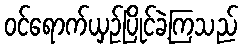
ဝင်ရောက်ယှဉ်ပြိုင်ခဲ့ကြသည်